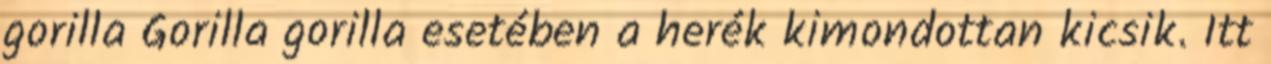
gorilla Gorilla gorilla esetében a herék kimondottan kicsik. Itt